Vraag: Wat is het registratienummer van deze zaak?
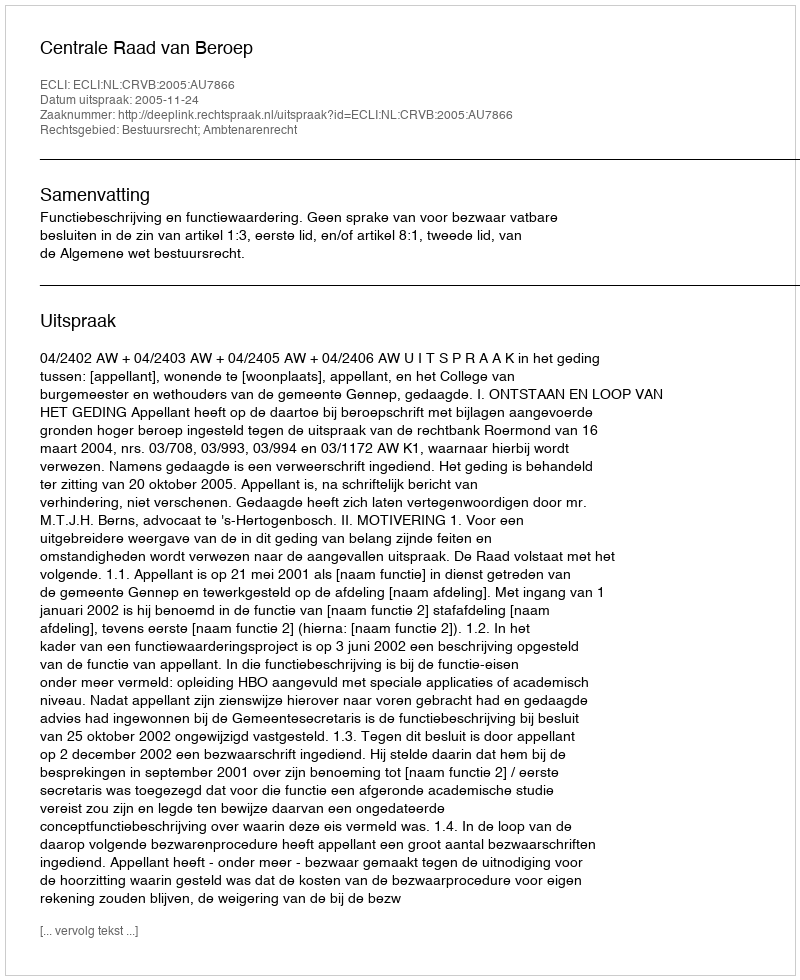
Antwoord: http://deeplink.rechtspraak.nl/uitspraak?id=ECLI:NL:CRVB:2005:AU7866